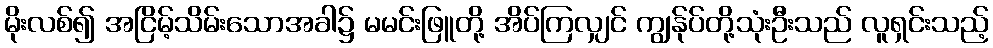
မိုးလစ်၍ အငြိမ့်သိမ်းသောအခါ၌ မမင်းဖြူတို့ အိပ်ကြလျှင် ကျွန်ုပ်တို့သုံးဦးသည် လူရှင်းသည့်